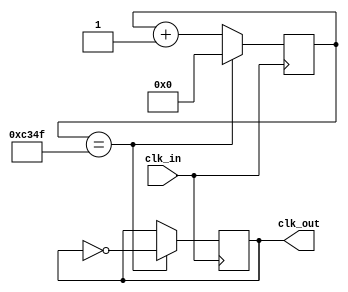
`timescale 1ns / 1ps

module clk_div_to_1k(clk_in, clk_out);

  input clk_in;
  output clk_out;
  
  reg [16:0] state = 0;
  reg __clk_out = 0;
  
  /* Determine the output. */
  always @(posedge clk_in) begin
    if (state == 49999) begin
      __clk_out <= ~__clk_out;
    end else begin
      __clk_out <= __clk_out;
    end
  end
  
  /* Determine the next state. */
  always @(posedge clk_in) begin
    if (state == 49999) begin
      state <= 0;
    end else begin
      state <= state + 1;
    end
  end
  
  assign clk_out = __clk_out;
endmodule